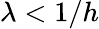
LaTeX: \lambda<1/h